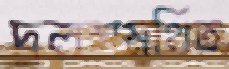
দলসমর্থিত